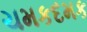
ચમકદમક